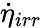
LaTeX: \dot{\eta}_{irr}